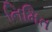
નિમિત